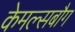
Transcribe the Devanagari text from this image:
केमल्सबौग